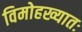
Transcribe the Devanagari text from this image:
विमोहख्यातः